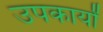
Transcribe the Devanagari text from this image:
उपकार्यों